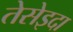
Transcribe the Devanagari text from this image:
तेसेइदा